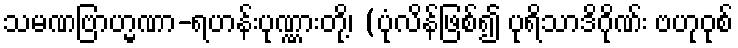
သမဏဗြာဟ္မဏာ-ရဟန်းပုဏ္ဏားတို့၊ (ပုံလိန်ဖြစ်၍ ပုရိသာဒိဂိုဏ်း ဗဟုဝုစ်